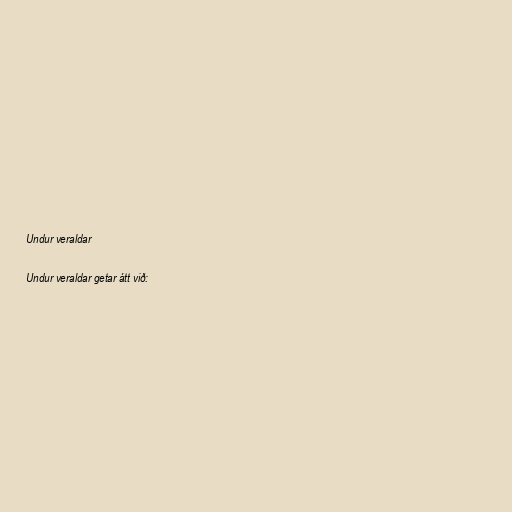
Undur veraldar

Undur veraldar getar átt við: